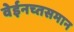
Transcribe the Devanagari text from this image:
वेईनच्तसमान